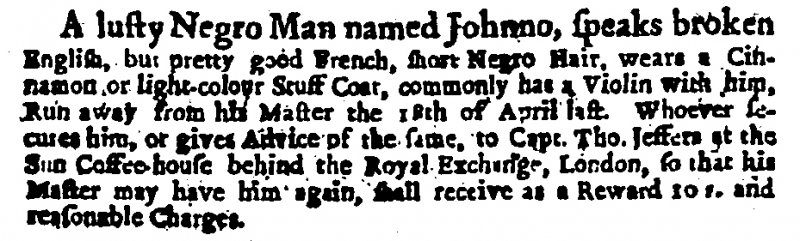
Daily Courant, 2 May 1713 (England)
A lusty Negro Man named Johnno, speaks broken English, but pretty good French, short Negro Hair, wears a Cinnamon or light-colour Stuff Coat, commonly has a Violin with him, Run away from his Master the 18th of April last. Whoever secures him, or gives Advice of the same, to Capt. Tho. Jeffers at the Sun Coffee-house behind the Royal Exchange, London, so that his Master may have him again, shall receive as a Reward 10 s. and reasonable Charges.